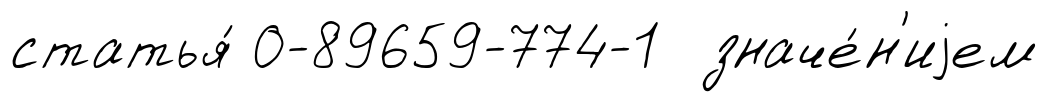
статья́ 0-89659-774-1 значе́н'иjем